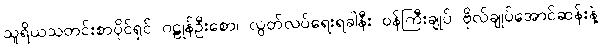
သူရိယသတင်းစာပိုင်ရှင် ဂဠုန်ဦးစော၊ လွတ်လပ်ရေးရခါနီး ဝန်ကြီးချုပ် ဗိုလ်ချုပ်အောင်ဆန်းနဲ့